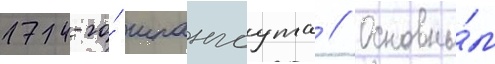
174-го́ шпангоута // Основны́м